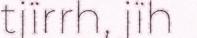
tjïrrh, jïh